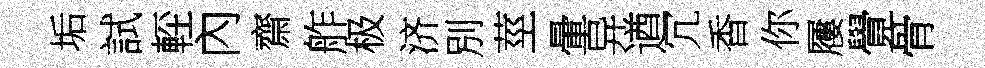
垢試䡖內齋舴极济別莖暈异遒冗香你屨覺骨